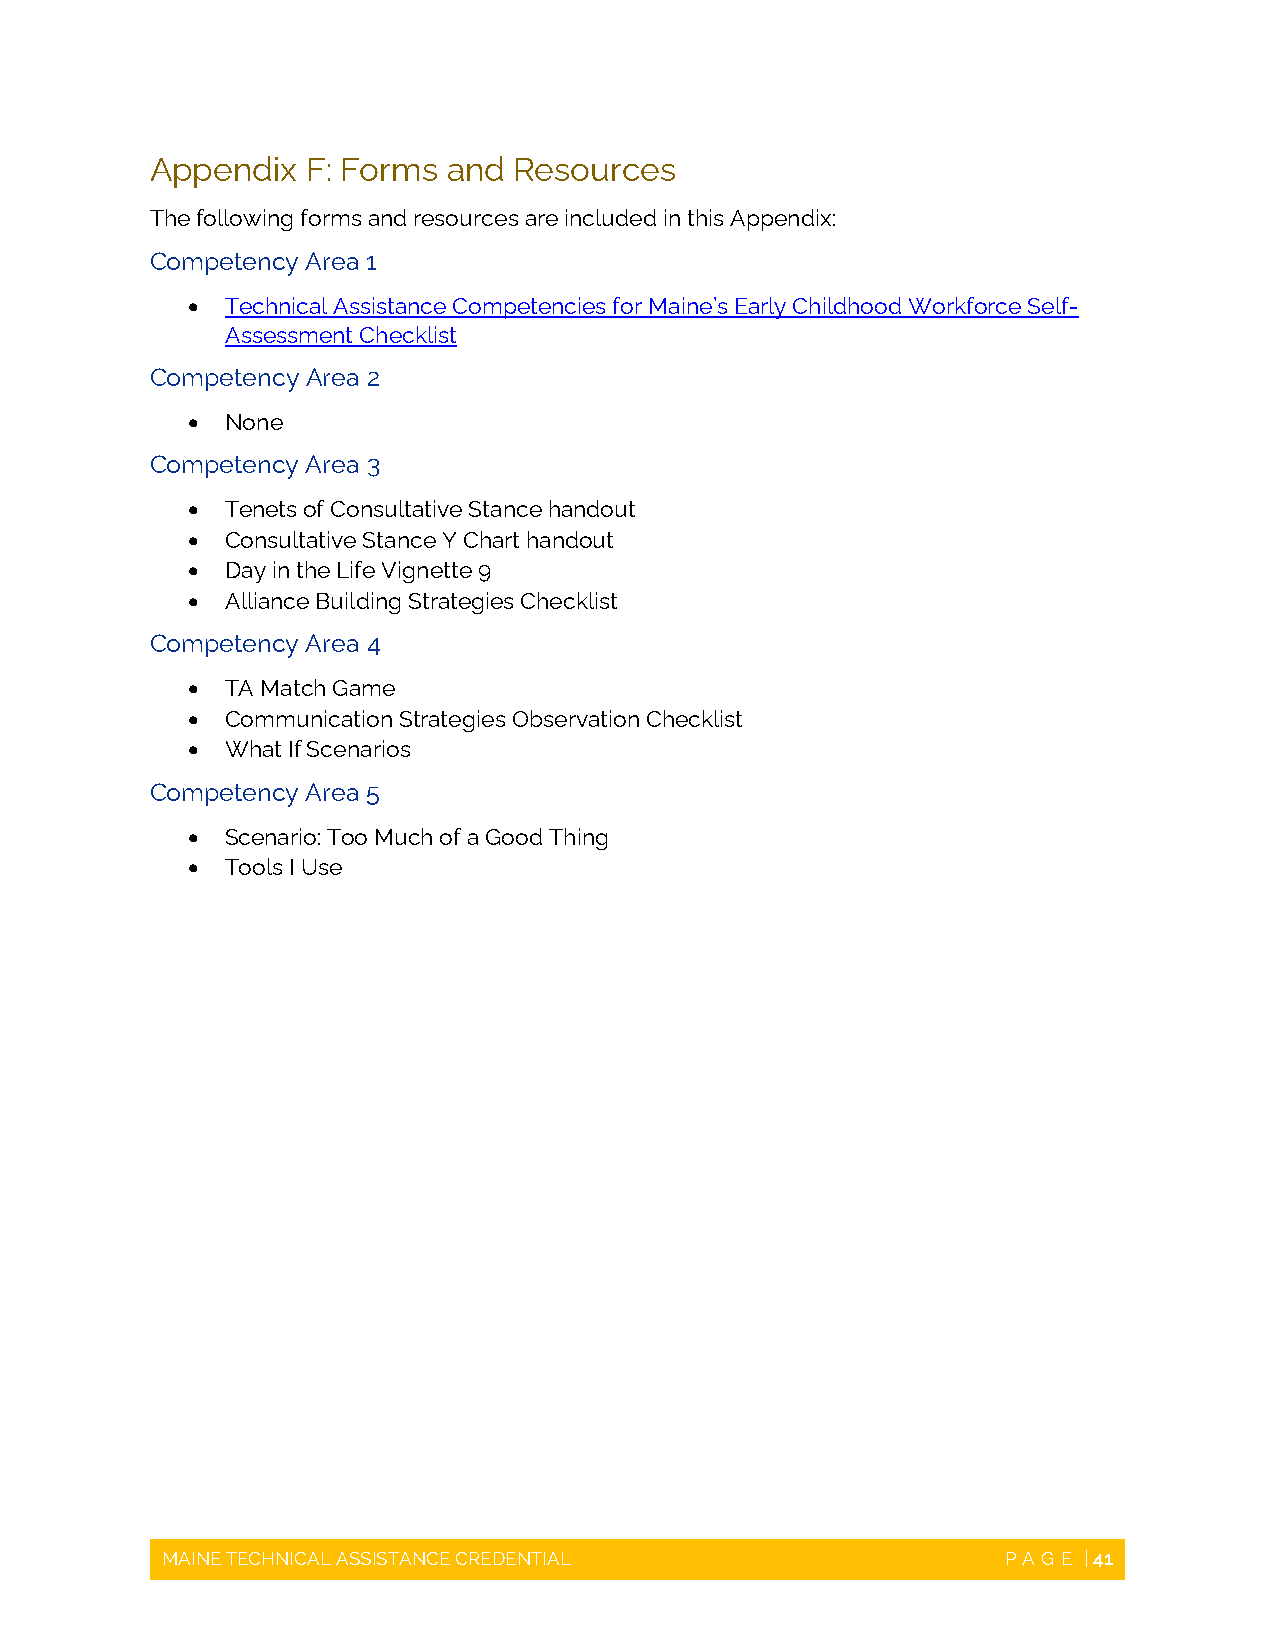
Appendix  F: Forms  and Resources
 The following forms and resources are included in this Appendix:
 Competency Area 1
   Technical Assistance Competencies for Maine’s Early Childhood Workforce Self-
 Assessment Checklist
 Competency Area 2
   None
 Competency Area 3
   Tenets of Consultative Stance handout
   Consultative Stance Y Chart handout
   Day in the Life Vignette 9
   Alliance Building Strategies Checklist
 Competency Area 4
   TA Match Game
   Communication Strategies Observation Checklist
   What If Scenarios
 Competency Area 5
   Scenario: Too Much of a Good Thing
   Tools I Use
 MAINE TECHNICAL ASSISTANCE CREDENTIAL                   PAGE | 41